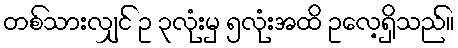
တစ်သားလျှင် ဥ ၃လုံးမှ ၅လုံးအထိ ဥလေ့ရှိသည်။